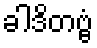
ခါဒိတဗ္ဗံ